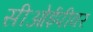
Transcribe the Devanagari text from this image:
सीओईपीवर